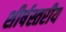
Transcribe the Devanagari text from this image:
शीर्षस्तरीय